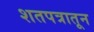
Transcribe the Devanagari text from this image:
शतपत्रातून